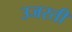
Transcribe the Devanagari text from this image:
उजरती